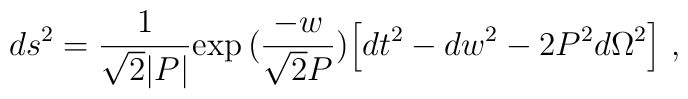
ds^2 = {1 \over \sqrt{2} |P|} \mbox{exp} \, ({\frac{-w}{\sqrt{2} P}}) \Bigl[ dt^2 - dw^2 - 2 P^2 d\Omega^2 \Bigr] \ ,